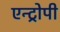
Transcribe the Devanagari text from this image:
एन्ट्रोपी